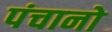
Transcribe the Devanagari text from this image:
पंचानो